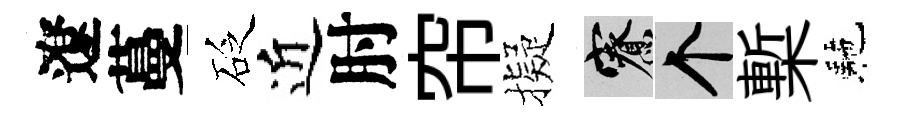
遼蔓砭近肘帘擬寮个槧駰